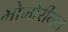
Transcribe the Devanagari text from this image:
मोमोरीयल